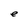
Character: e